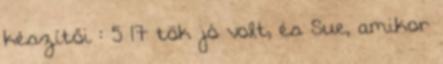
készítői : 5×17 tök jó volt, és Sue, amikor